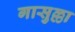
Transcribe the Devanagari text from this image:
गासुल्ला